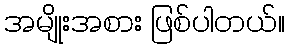
အမျိုးအစား ဖြစ်ပါတယ်။